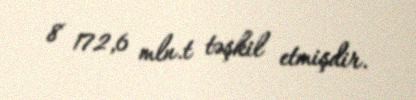
8 172,6 mln.t təşkil etmişdir.